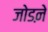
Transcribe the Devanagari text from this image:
जोडऩे